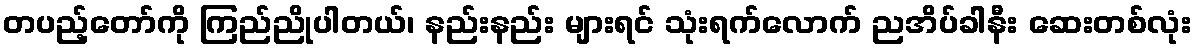
တပည့်တော်ကို ကြည်ညိုပါတယ်၊ နည်းနည်း များရင် သုံးရက်လောက် ညအိပ်ခါနီး ဆေးတစ်လုံး